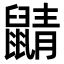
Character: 鼱